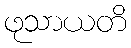
ဖုသာယတိ